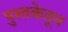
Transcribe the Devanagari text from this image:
पुस्तकेतून